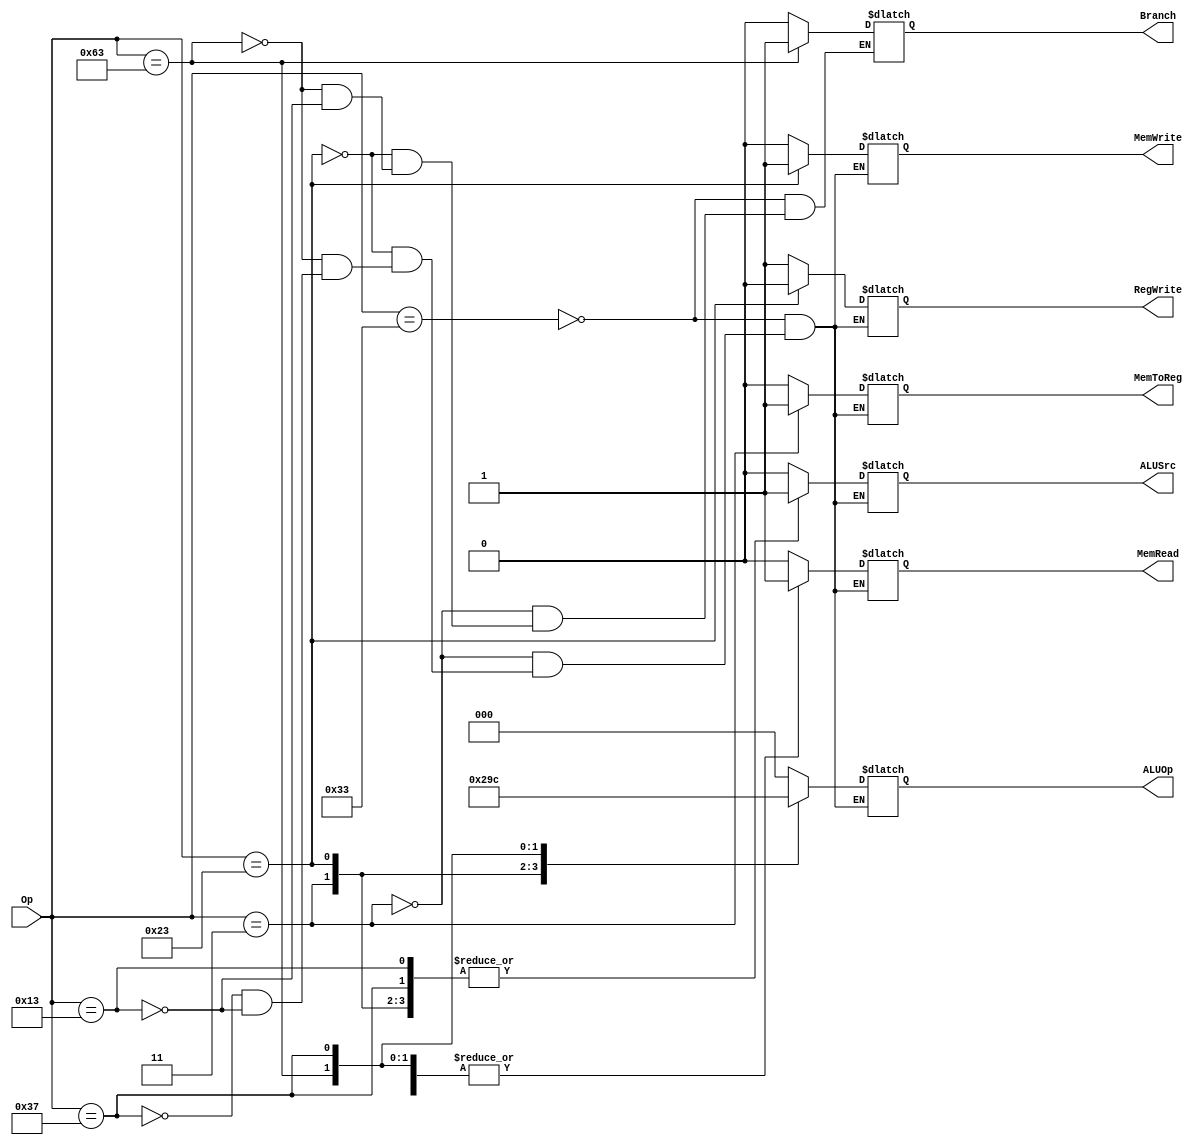
module ControlUnit(Op, Branch, MemRead, MemToReg, ALUOp, MemWrite, ALUSrc, RegWrite);
	input [6:0] Op;
	output reg Branch, MemRead, MemToReg, MemWrite, ALUSrc, RegWrite;
	output reg [2:0] ALUOp;
	
	always@(*)
		case(Op)
			7'b0110011:
			begin
				Branch =0;
				RegWrite = 1;
				ALUSrc = 0;
				MemWrite = 0;
				MemRead = 0;
				MemToReg = 0;
				ALUOp = 3'b000;
			end
			7'b0000011: //lw
			begin
				Branch=0;
				RegWrite = 1'b1;
				ALUSrc = 1;
				MemWrite = 1'b0;
				MemRead = 1'b1;
				MemToReg = 1'b1;
				ALUOp = 3'b001;
			end
			7'b0100011: //sw
			begin
				Branch=0;
				RegWrite = 1'b0;
				ALUSrc = 1;
				MemWrite = 1'b1;
				MemRead = 1'b0;
				MemToReg = 1'b0;
				ALUOp = 3'b010;
			end
			7'b1100011: //beq
			begin
				Branch = 1;
				RegWrite = 1'b1;
				ALUSrc = 0;
				MemWrite = 1'b0;
				MemRead = 1'b1;
				MemToReg = 1'b0;
				ALUOp = 3'b011;
			end
			7'b0110111: //lui
			begin
				RegWrite = 1'b1;
				ALUSrc = 1;
				MemWrite = 1'b0;
				MemRead = 1'b1;
				MemToReg = 1'b0;
				ALUOp = 3'b100;
			end
			7'b0010011:
			begin
				Branch =0;
				RegWrite = 1;
				ALUSrc = 1;
				MemWrite = 0;
				MemRead = 0;
				MemToReg = 0;
				ALUOp = 3'b000;
			end
		endcase
endmodule